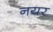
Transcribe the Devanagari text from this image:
नयर